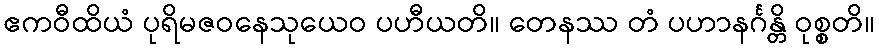
ဧကဝီထိယံ ပုရိမဇဝနေသုယေဝ ပဟီယတိ။ တေနဿ တံ ပဟာနင်္ဂန္တိ ဝုစ္စတိ။